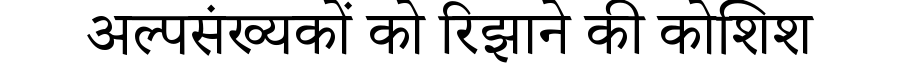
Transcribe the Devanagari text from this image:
अल्पसंख्यकों को रिझाने की कोशिश